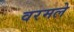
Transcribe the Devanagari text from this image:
वरमले